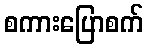
စကားပြောစက်